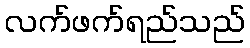
လက်ဖက်ရည်သည်